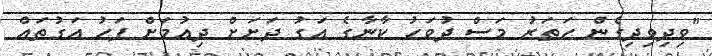
"ވިދިވިދިގެން ހަތަރު މަސް ދުވަހު ކާނާގެ އަގު ދަށަށް ދިއުމަށް ފަހު އަގުތައް